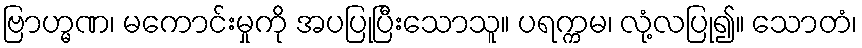
ဗြာဟ္မဏ၊ မကောင်းမှုကို အပပြုပြီးသောသူ။ ပရက္ကမ၊ လုံ့လပြု၍။ သောတံ၊